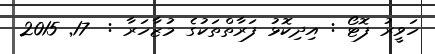
ހަވީރު ފޮޓޯ : އިދިކޮޅު ފަރާތްތަކުގެ މުަޒާހަރާ :  17